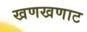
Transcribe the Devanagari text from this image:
खणखणाट